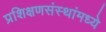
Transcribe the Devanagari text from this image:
प्रशिक्षणसंस्थांमध्ये